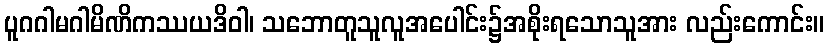
ပူဂဂါမဂါမိဏိကဿယဒိဝါ၊ သဘောတူသူလူအပေါင်း၌အစိုးရသောသူအား လည်းကောင်း။